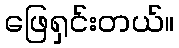
ဖြေရှင်းတယ်။